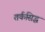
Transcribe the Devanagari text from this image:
तर्कसिद्ध